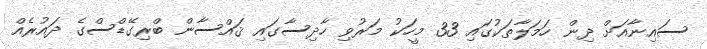
ސައިނާއަށް ދިން ހަމަލާތަކުގައި 33 މީހަކު މަރުވި ހާދިސާގައި ޤައްސާން ބްރިގޭޑްސްގެ ދައުރެއް